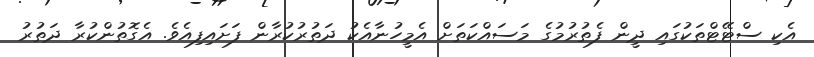
އެކި ސްޓޭޓްތަކުގައި ދީން ފެތުރުމުގެ މަސައްކަތަށް އެމީހުނާއެކު ދަތުރުކުރާން ފަށައިފިއެވެ. އެގޮތުންކުރާ ދަތުރު